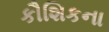
કૌશિકના